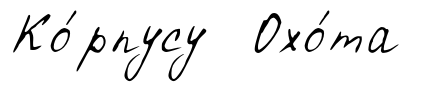
Ко́рпусу Охо́та